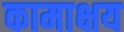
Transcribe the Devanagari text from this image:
कामाक्षय